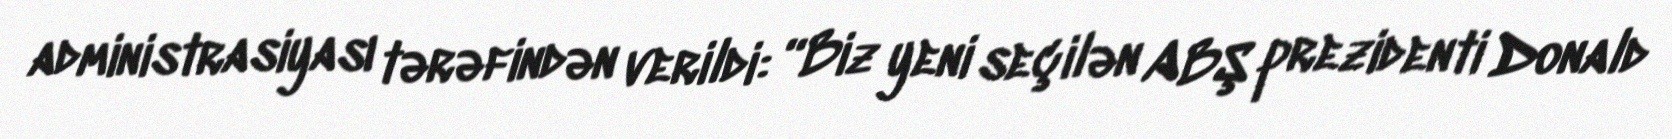
administrasiyası tərəfindən verildi: “Biz yeni seçilən ABŞ prezidenti Donald